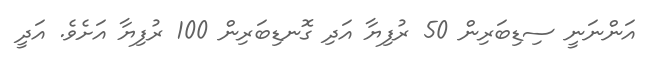
އަންނަނީ ސިޑިބަރިން 50 ރުފިޔާ އަދި ގޮނޑިބަރިން 100 ރުފިޔާ އަށެވެ. އަދީ